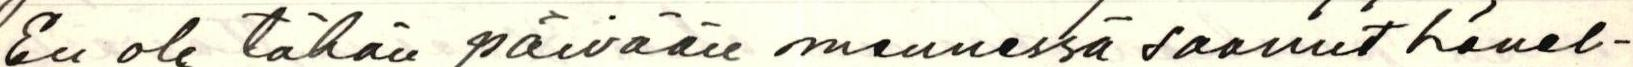
En ole tähän päivään mennessä saanut hänel-